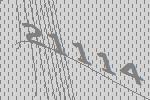
21114